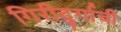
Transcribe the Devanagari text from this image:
गिरीदुर्गाची